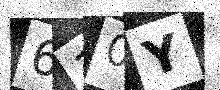
Text: 610Y